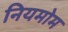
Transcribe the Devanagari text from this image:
नियमोम